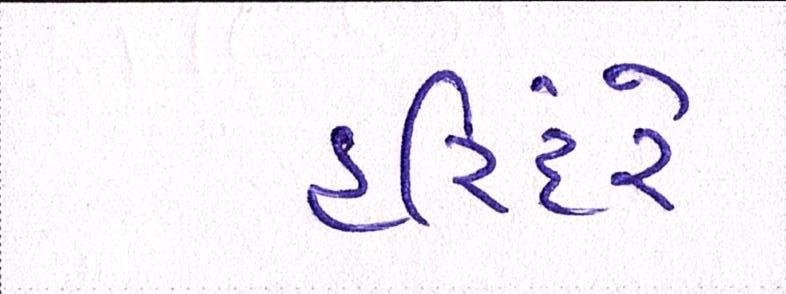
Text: હરિંદરે